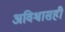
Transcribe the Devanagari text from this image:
अविश्वासही